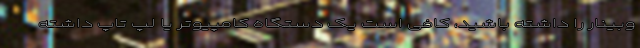
وبینار را داشته باشید، کافی است یک دستگاه کامپیوتر یا لپ تاپ داشته